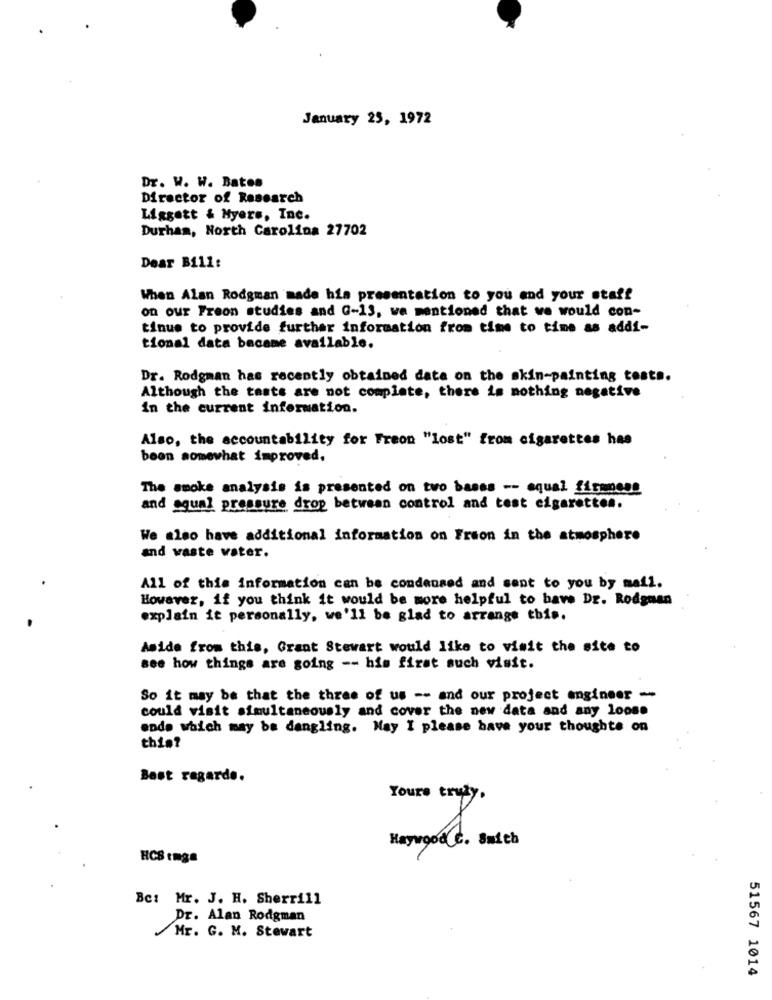
January 25, 1972
Dr. W. W. Bates
Director of Research
Liggett & Myers, Inc.
Durham, North Carolina 27702
Dear Bill:
When Alan Rodgman made his presentation to you and your staff
on our Freon studies and G-13, wa mentioned that we would con-
tinue to provide further information from time to time as addi-
tional data became available.
Dr. Rodgman has recently obtained data on the skin-painting tests.
Although the tests are not complete, there is nothing negative
In the current information.
Also, the accountability for Freon "lost" from cigarettes has
been somewhat improved.
The smoke analysis is presented on two bases -- squal firmness
and oqual pressure drop between control and test cigarettes.
We also have additional information on Freon in the atmosphere
and vaste vater.
All of this information can be condensed and sent to you by mail.
However, if you think it would be more helpful to have Dr. Rodgnan
explain it personally, we'll be glad to arrange this.
Aside from this, Grant Stewart would like to visit the site to
see how things are going -- his first such visit.
So it may be that the three of us -- and our project engineer -
could visit simultaneously and cover the new data and any loose
ende which may be dangling. May I please have your thoughts on
this?
Best regards.
Yours truly .
Haywood CC. Smith
HCS tmga
Bc: Mr. J. H. Sherrill
Dr. Alan Rodgman
Mr. G. M. Stewart
51567 1014